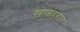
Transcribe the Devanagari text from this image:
खण्डहरात